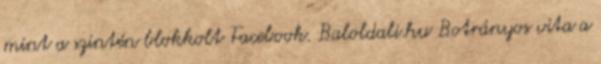
mint a szintén blokkolt Facebook. Baloldali.hu Botrányos vita a